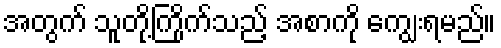
အတွက် သူတို့ကြိုက်သည့် အစာကို ကျွေးရမည်။